Vaccine operations Central Provinces 1868-1885 - 1868-1885
Year: 1868
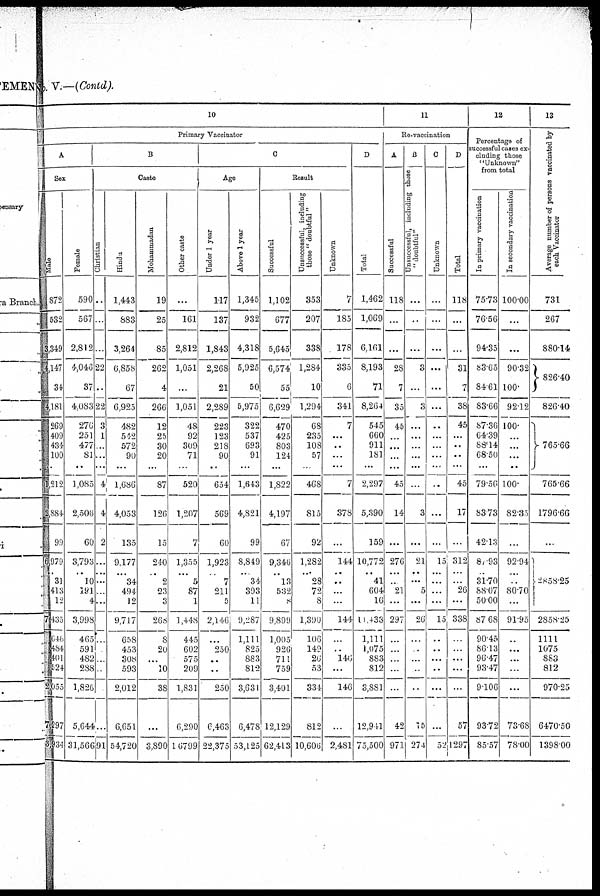
No. V.—(Contd).
10
Primary Vaccinator
A
Sex
Male
872
532
3,349
4,147
34
4,181
269
409
434
100
...
1,212
2,884
99
6,979
...
31
413
12
7,433
646
484
401
524
2,053
7,297
3,934
Female
590
567
2,812
4,046
37
4,083
276
251
477
81
...
1,085
2,506
60
3,793
...
10
191
4
3,998
465
591
482
288
1,826
5,644
31,566
B
Caste
Christian
..
...
...
22
..
22
3
1
..
...
...
4
4
2
...
...
...
...
...
...
...
...
..
..
...
...
91
Hindu
1,443
883
3,264
6,858
67
6,925
482
542
572
90
...
1,680
4,053
135
9,177
...
34
494
12
9,717
658
453
308
593
2,012
6,651
54,720
Mohammadan
19
25
85
262
4
266
12
25
30
20
...
87
126
15
240
...
9
23
3
268
8
20
...
10
38
...
3,890
Other caste
...
161
2,812
1,051
...
1,051
48
92
309
71
...
520
1,207
7
1,355
...
5
87
1
1,448
445
602
575
209
1,831
6,290
16799
C
Age
Under 1 year
117
137
1,843
2,268
21
2,289
223
123
218
90
...
654
569
60
1,923
...
7
211
5
2,146
...
250
..
..
250
6,463
22,375
Above 1 year
1,345
932
4,318
5,925
50
5,975
322
537
693
91
...
1,643
4,821
99
8,849
...
34
393
11
9,287
1,111
825
883
812
3,631
6,478
53,125
Result
Successful
1,102
677
5,645
6,574
55
6,629
470
425
803
124
...
1,822
4,197
67
9,346
...
13
532
8
9,899
1,005
926
711
759
3,401
12,129
62,413
Unsuccessful, including
those "doubtful"
353
207
338
1,284
10
1,294
68
235
108
57
468
815
92
1,282
...
28
72
8
1,390
106
149
26
53
334
812
10,606
Unknown
7
185
178
335
6
341
7
...
...
...
...
7
378
...
144
...
...
...
...
144
...
..
146
...
146
...
2,481
D
Total
1,462
1,069
6,161
8,193
71
8,264
545
660
911
181
...
2,297
5,390
159
10,772
...
41
604
16
11,433
1,111
1,075
883
812
3,881
12,941
75,500
11
Re-vaccination
A
Successful
118
...
...
28
7
35
45
...
...
...
...
45
14
...
276
...
...
21
...
297
...
...
...
...
...
42
971
B
Unsuccessful, including chose
"doubtful"
...
...
...
3
...
3
...
...
...
...
...
...
3
...
21
...
. ..
5
...
26
...
...
...
..
...
15
274
C
Unknown
...
...
...
...
...
...
...
...
...
...
...
..
...
...
15
...
...
...
...
15
...
...
...
...
...
...
52
D
Total
118
...
...
31
7
38
45
...
...
...
...
45
17
...
312
...
...
26
...
338
...
...
...
...
...
57
1297
12
Percentage of
successful cases ex-
cluding those
"Unknown"
from total
In primary vaccination.
75.73
76.56
94.35
83.65
84. 61
83.66
87.36
64.39
88.14
68.50
...
79.56
83.73
42.13
87.93
..
31.70
88.07
50.00
87.68
90.45
86.13
96.47
93.47
9.106
93.72
85.57
In secondary vaccination
100.00
...
...
90.32
100
9212
100.
...
...
...
...
100.
82.35
...
92.94
...
...
80.70
...
91.95
...
...
...
...
...
73.68
78.00
13
Average number of persons vaccinated by
each Vaccinator
731
267
880.14
826.40
826.40
765.66
765.66
1796.66
...
2858.25
2858.25
11.11
1075
883
812
970.25
6470.50
1398.00